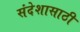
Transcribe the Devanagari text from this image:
संदेशासाठी